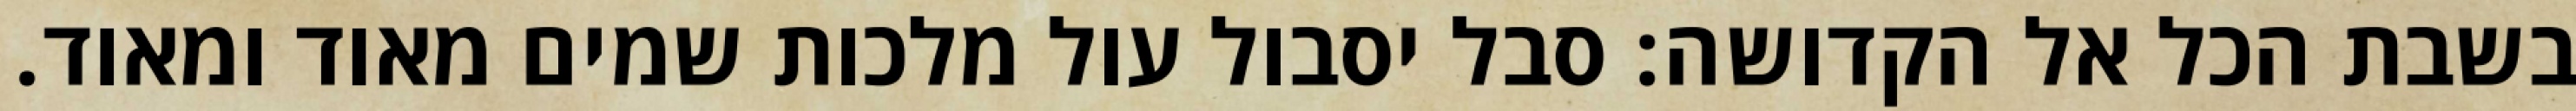
בשבת הכל אל הקדושה: סבל יסבול עול מלכות שמים מאוד ומאוד.